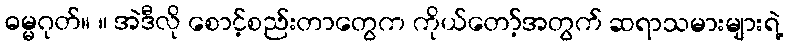
ဓမ္မဂုတ်။ ။ အဲဒီလို စောင့်စည်းတာတွေက ကိုယ်တော့်အတွက် ဆရာသမားများရဲ့